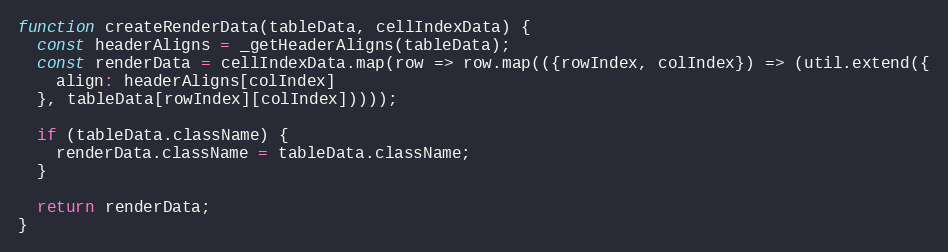
Language: JavaScript
function createRenderData(tableData, cellIndexData) {
  const headerAligns = _getHeaderAligns(tableData);
  const renderData = cellIndexData.map(row => row.map(({rowIndex, colIndex}) => (util.extend({
    align: headerAligns[colIndex]
  }, tableData[rowIndex][colIndex]))));

  if (tableData.className) {
    renderData.className = tableData.className;
  }

  return renderData;
}